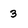
Character: 3